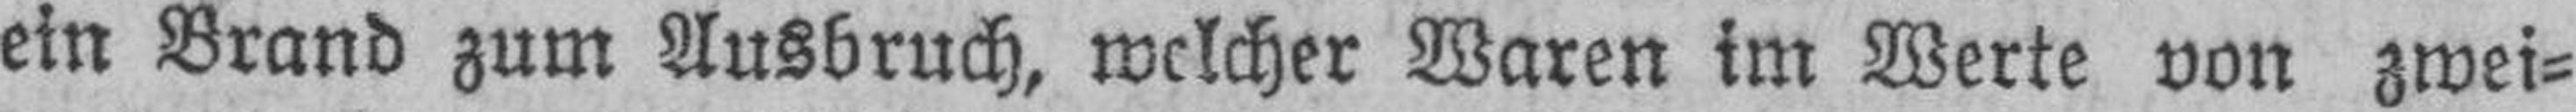
ein Brand zum Ausbruch, welcher Waren im Werte von zwei¬